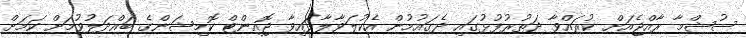
ސުޝްމާ ރާއްޖެއަށް ކުރައްވާ ދަތުރުފުޅުގައި ދެގައުމުން އެކުލަވާލާފައިވާ ޖޮއިންޓް ކޮމިޝަންގެ ބައްދަލުވުމަށް ކަމަށް